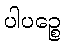
ပါပဉ္စေ